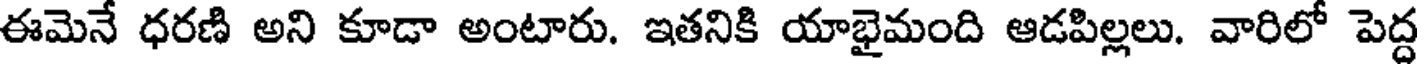
ఈమెనే ధరణి అని కూడా అంటారు. ఇతనికి యాభైమంది ఆడపిల్లలు. వారిలో పెద్ద